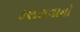
કણસવાનો